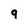
Character: 9